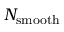
N _ { \mathrm { s m o o t h } }